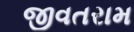
જીવતરામ